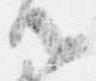
御